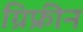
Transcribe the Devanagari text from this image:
ग्रिफ्रीन